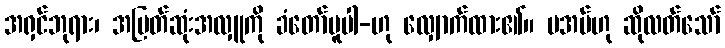
အရှင်ဘုရား၊ အမြတ်ဆုံးအလှူကို ခံတော်မူပါ-ဟု လျှောက်ထား၏။ မအပ်ဟု ဆိုလတ်သော်